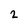
Character: 2